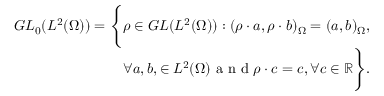
\begin{array} { r } { G L _ { 0 } ( L ^ { 2 } ( \Omega ) ) = \Bigg \{ \rho \in G L ( L ^ { 2 } ( \Omega ) ) : ( \rho \cdot a , \rho \cdot b ) _ { \Omega } = ( a , b ) _ { \Omega } , } \\ { \quad \forall a , b , \in L ^ { 2 } ( \Omega ) \mathrm { ~ a ~ n ~ d ~ } \rho \cdot c = c , \forall c \in \mathbb { R } \Bigg \} . } \end{array}